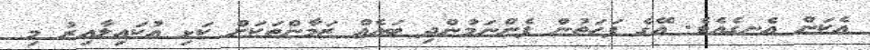
އެކަން އެނގެއެވެ. އޭގެ ފަހަތުން ފެންނަމުންދި ބައެއް ޒަމާންތަކަށް ކަޅި އުކައިލާއިރު މި